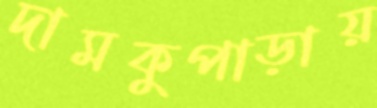
দামকুপাড়ায়